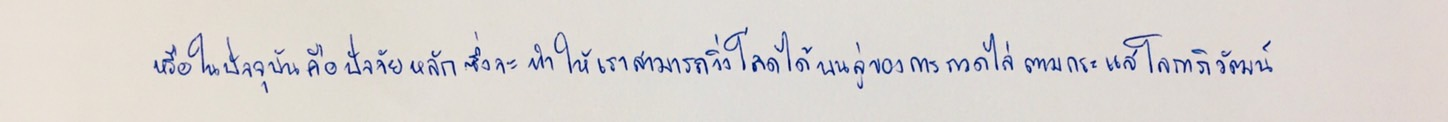
หรือในปัจจุบันคือปัจจัยหลักซึ่งจะทำให้เราสามารถวิ่งโลดได้บนลู่ของการกวดไล่ตามกระแสโลกาภิวัตน์